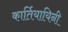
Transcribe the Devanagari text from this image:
कार्तियायिनी